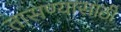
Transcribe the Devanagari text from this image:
तासण्यासाठी